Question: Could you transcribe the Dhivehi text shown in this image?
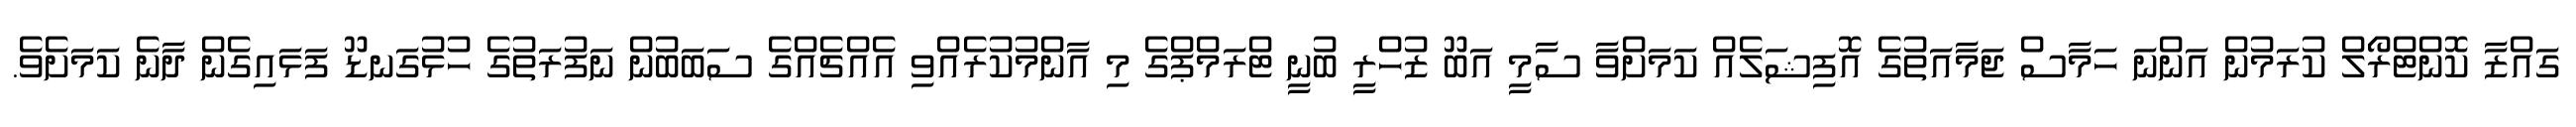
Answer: ގައްޒާ ކޮންޓްރޯލް ކުރަމުން އަންނަ ހަމާސް ޖަމާއަތުގެ އޮފިޝަލެއް ކަމަށްވާ ސާމީ އަބޫ ޒުހްރީ ބުނީ ޓްރަމްޕްގެ މި އާންމުކުރެއްވި އެއްޗެއްގެ ސަބަބުން ނަފުރަތުގެ ހުޅުގަނޑޫ ފަޅައިގެން ދާނެ ކަމަށެވެ.